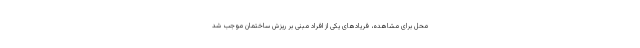
محل برای مشاهده، فریادهای یکی از افراد مبنی بر ریزش ساختمان موجب شد